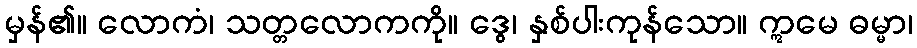
မှန်၏။ လောကံ၊ သတ္တလောကကို။ ဒွေ၊ နှစ်ပါးကုန်သော။ ဣမေ ဓမ္မာ၊